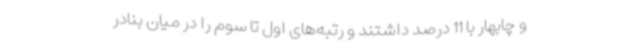
و چابهار با 11 درصد داشتند و رتبه‌های اول تا سوم را در میان بنادر